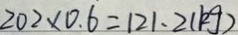
2 0 2 \times 0 . 6 = 1 2 1 . 2 ( k g )